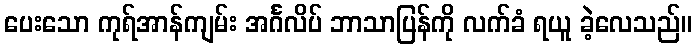
ပေးသော ကုရ်အာန်ကျမ်း အင်္ဂလိပ် ဘာသာပြန်ကို လက်ခံ ရယူ ခဲ့လေသည်။